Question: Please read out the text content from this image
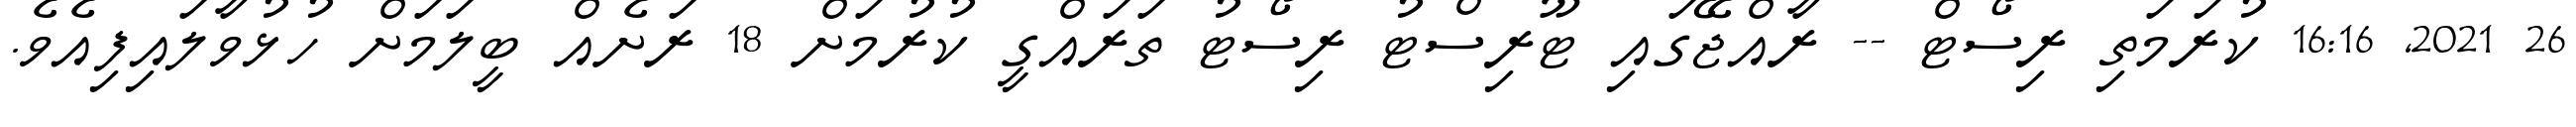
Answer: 26 2021, 16:16 ކުރަމަތި ރިސޯޓް -- ރާއްޖޭގައި ޓޫރިސްޓު ރިސޯޓު ތަރައްގީ ކުރުމަށް 18 ރަށެއް ބީލަމަށް ހުޅުވާލައިފިއެވެ.